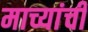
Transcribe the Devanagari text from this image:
माच्यांची